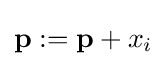
\mathbf {p:=p} +x_{i}